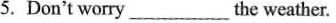
5. Don't worry ___ the weather.